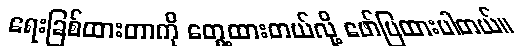
ရေးခြစ်ထားတာကို တွေ့ထားတယ်လို့ ဖော်ပြထားပါတယ်။